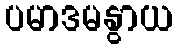
ပမာဒမနွာယ